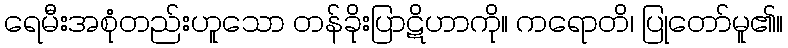
ရေမီးအစုံတည်းဟူသော တန်ခိုးပြာဋိဟာကို။ ကရောတိ၊ ပြုတော်မူ၏။